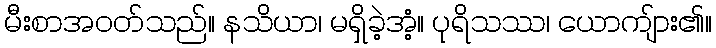
မီးစာအဝတ်သည်။ နသိယာ၊ မရှိခဲ့အံ့။ ပုရိသဿ၊ ယောကျ်ား၏။